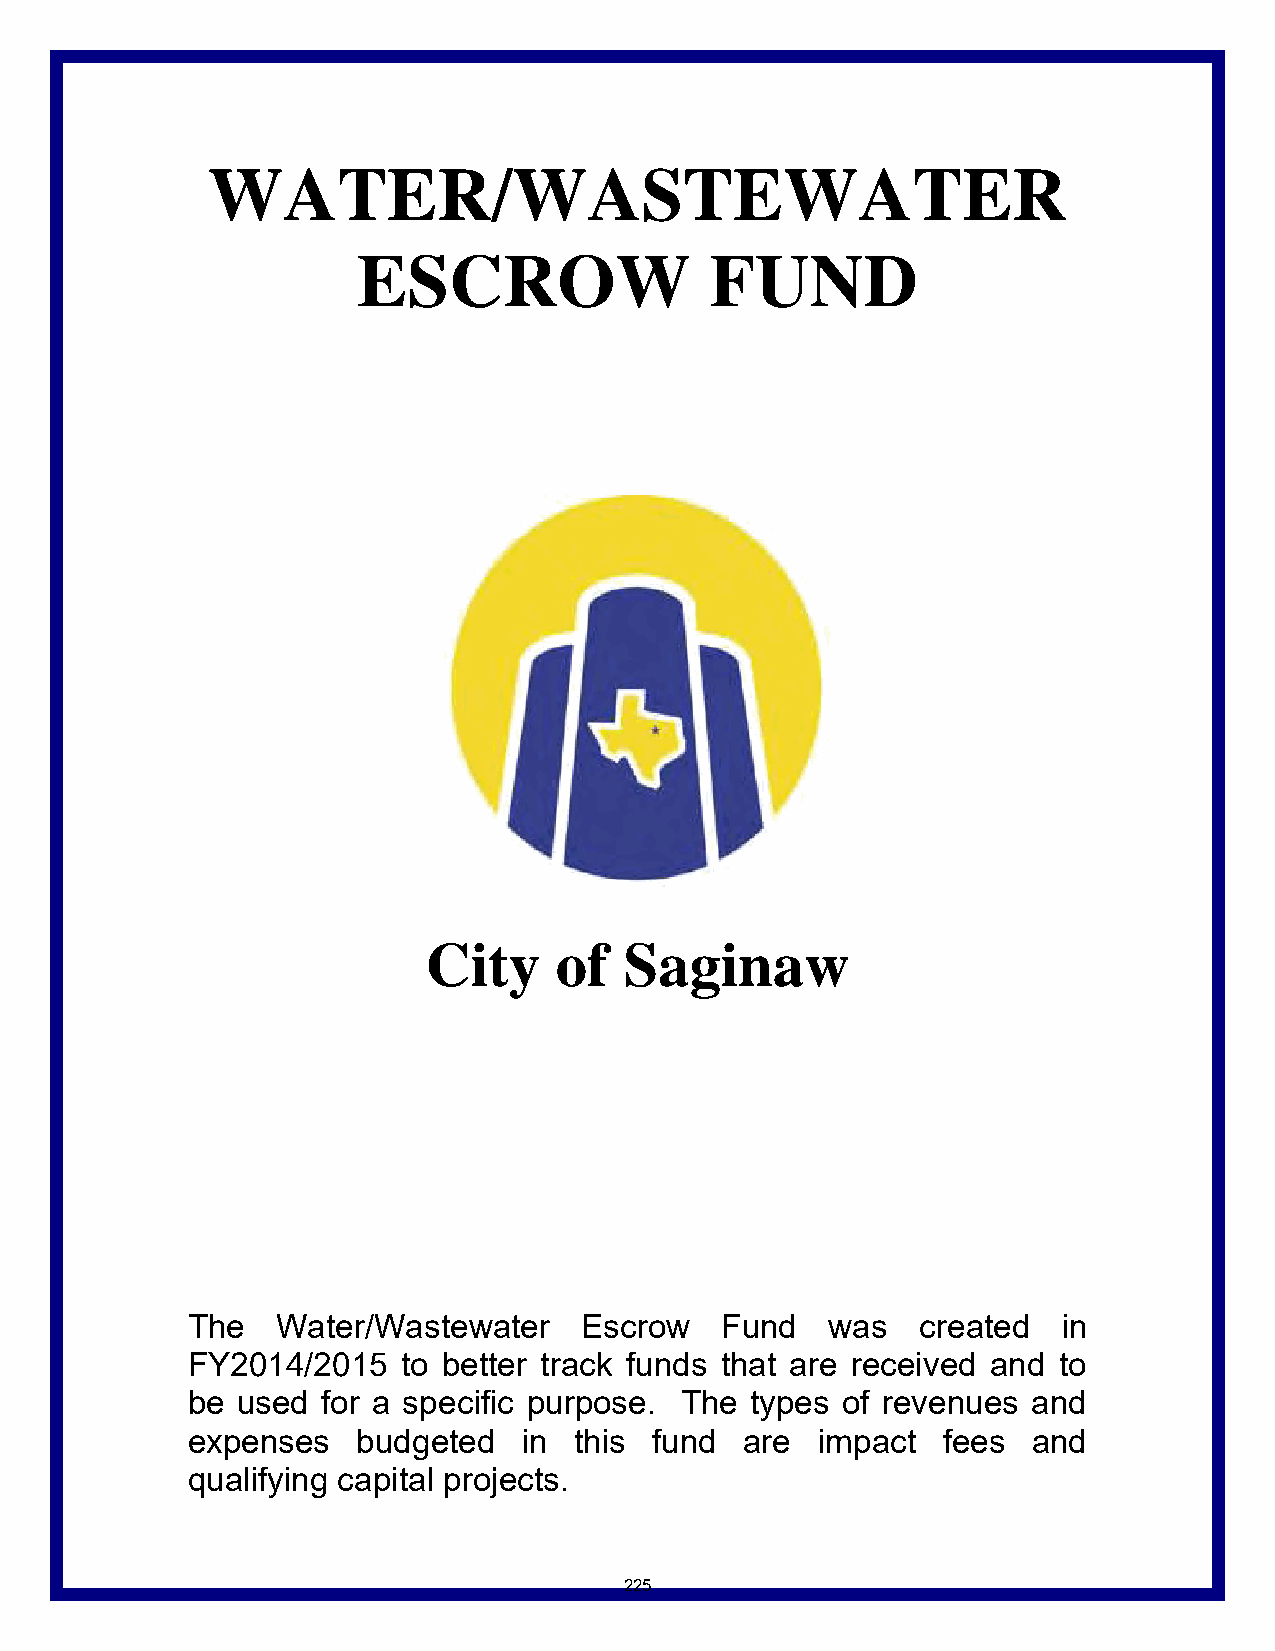
WATER/WASTEWATER
 ESCROW                 FUND
 City     of  Saginaw
 The   Water/Wastewater    Escrow    Fund   was   created  in
 FY2014/2015    to better track funds that are received and to
 be  used for a specific purpose. The  types of revenues and
 expenses    budgeted   in this fund  are  impact  fees  and
 qualifying capital projects.
 225